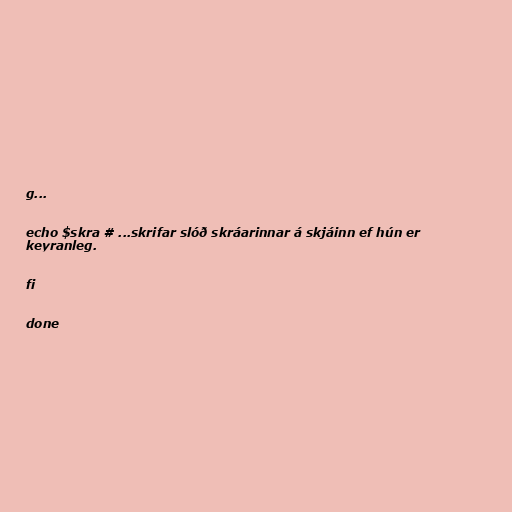
g...

echo $skra # ...skrifar slóð skráarinnar á skjáinn ef hún er
keyranleg.

fi

done